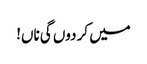
میں کر دوں گی ناں!